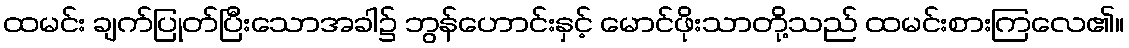
ထမင်း ချက်ပြုတ်ပြီးသောအခါ၌ ဘွန်ဟောင်းနှင့် မောင်ဖိုးသာတို့သည် ထမင်းစားကြလေ၏။